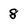
Character: 8